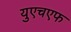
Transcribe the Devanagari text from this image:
युएचएफ